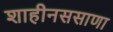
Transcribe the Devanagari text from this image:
शाहीनससाणा